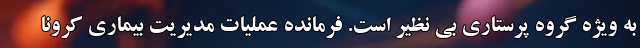
به ویژه گروه پرستاری بی نظیر است. فرمانده عملیات مدیریت بیماری کرونا